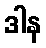
ဒါန